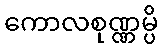
ကောလစုဏ္ဏမ္ပိ